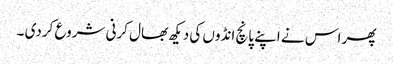
پھر اس نے اپنے پانچ انڈوں کی دیکھ بھال کرنی شروع کردی ۔